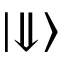
\left| \Downarrow \right\rangle